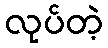
လုပ်တဲ့